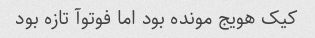
کیک هویج مونده بود اما فوتوآ تازه بود